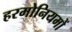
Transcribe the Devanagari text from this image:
हरमोनियमों